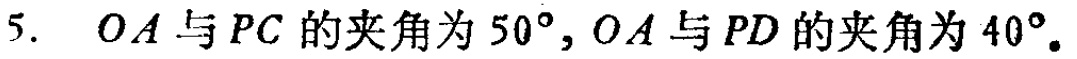
$5.\ OA$与$PC$的夹角为$50^{\circ},OA$与$PD$的夹角为$40^{\circ}.$